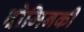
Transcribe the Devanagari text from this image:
दोमिनकी